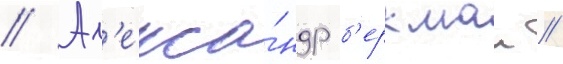
// Ал'екса́ндр б'еркман //